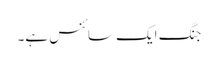
جنگ ایک سائنس ہے۔